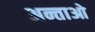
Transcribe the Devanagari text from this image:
अन्ताओ